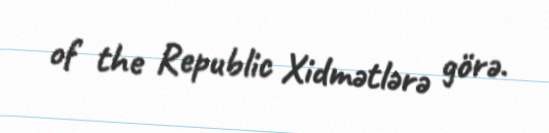
of the Republic Xidmətlərə görə.